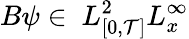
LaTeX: B\psi\in~L_{[0,\mathcal{T}]}^{2}L_{x}^{\infty}